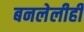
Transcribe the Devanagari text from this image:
बनलेलीही